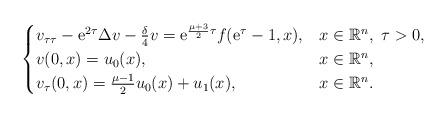
LaTeX: \begin{align*}\begin{cases} v_{\tau \tau}-\mathrm{e}^{2\tau}\Delta v -\frac{\delta}{4}v=\mathrm{e}^{\frac{\mu+3}{2}\tau}f(\mathrm{e}^\tau-1,x), & x\in \mathbb{R}^n, \ \tau>0,\\v(0,x)=u_0(x), & x\in \mathbb{R}^n, \\ v_\tau(0,x)=\frac{\mu-1}{2}u_0(x) +u_1(x), & x\in \mathbb{R}^n.\end{cases}\end{align*}